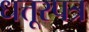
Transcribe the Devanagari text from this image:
धत्तूरपत्र